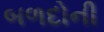
બળદોની